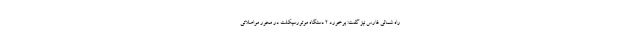
راه شمالی فارس نیز گفت: برخورد ۲ دستگاه موتورسیکلت در محور مواصلاتی